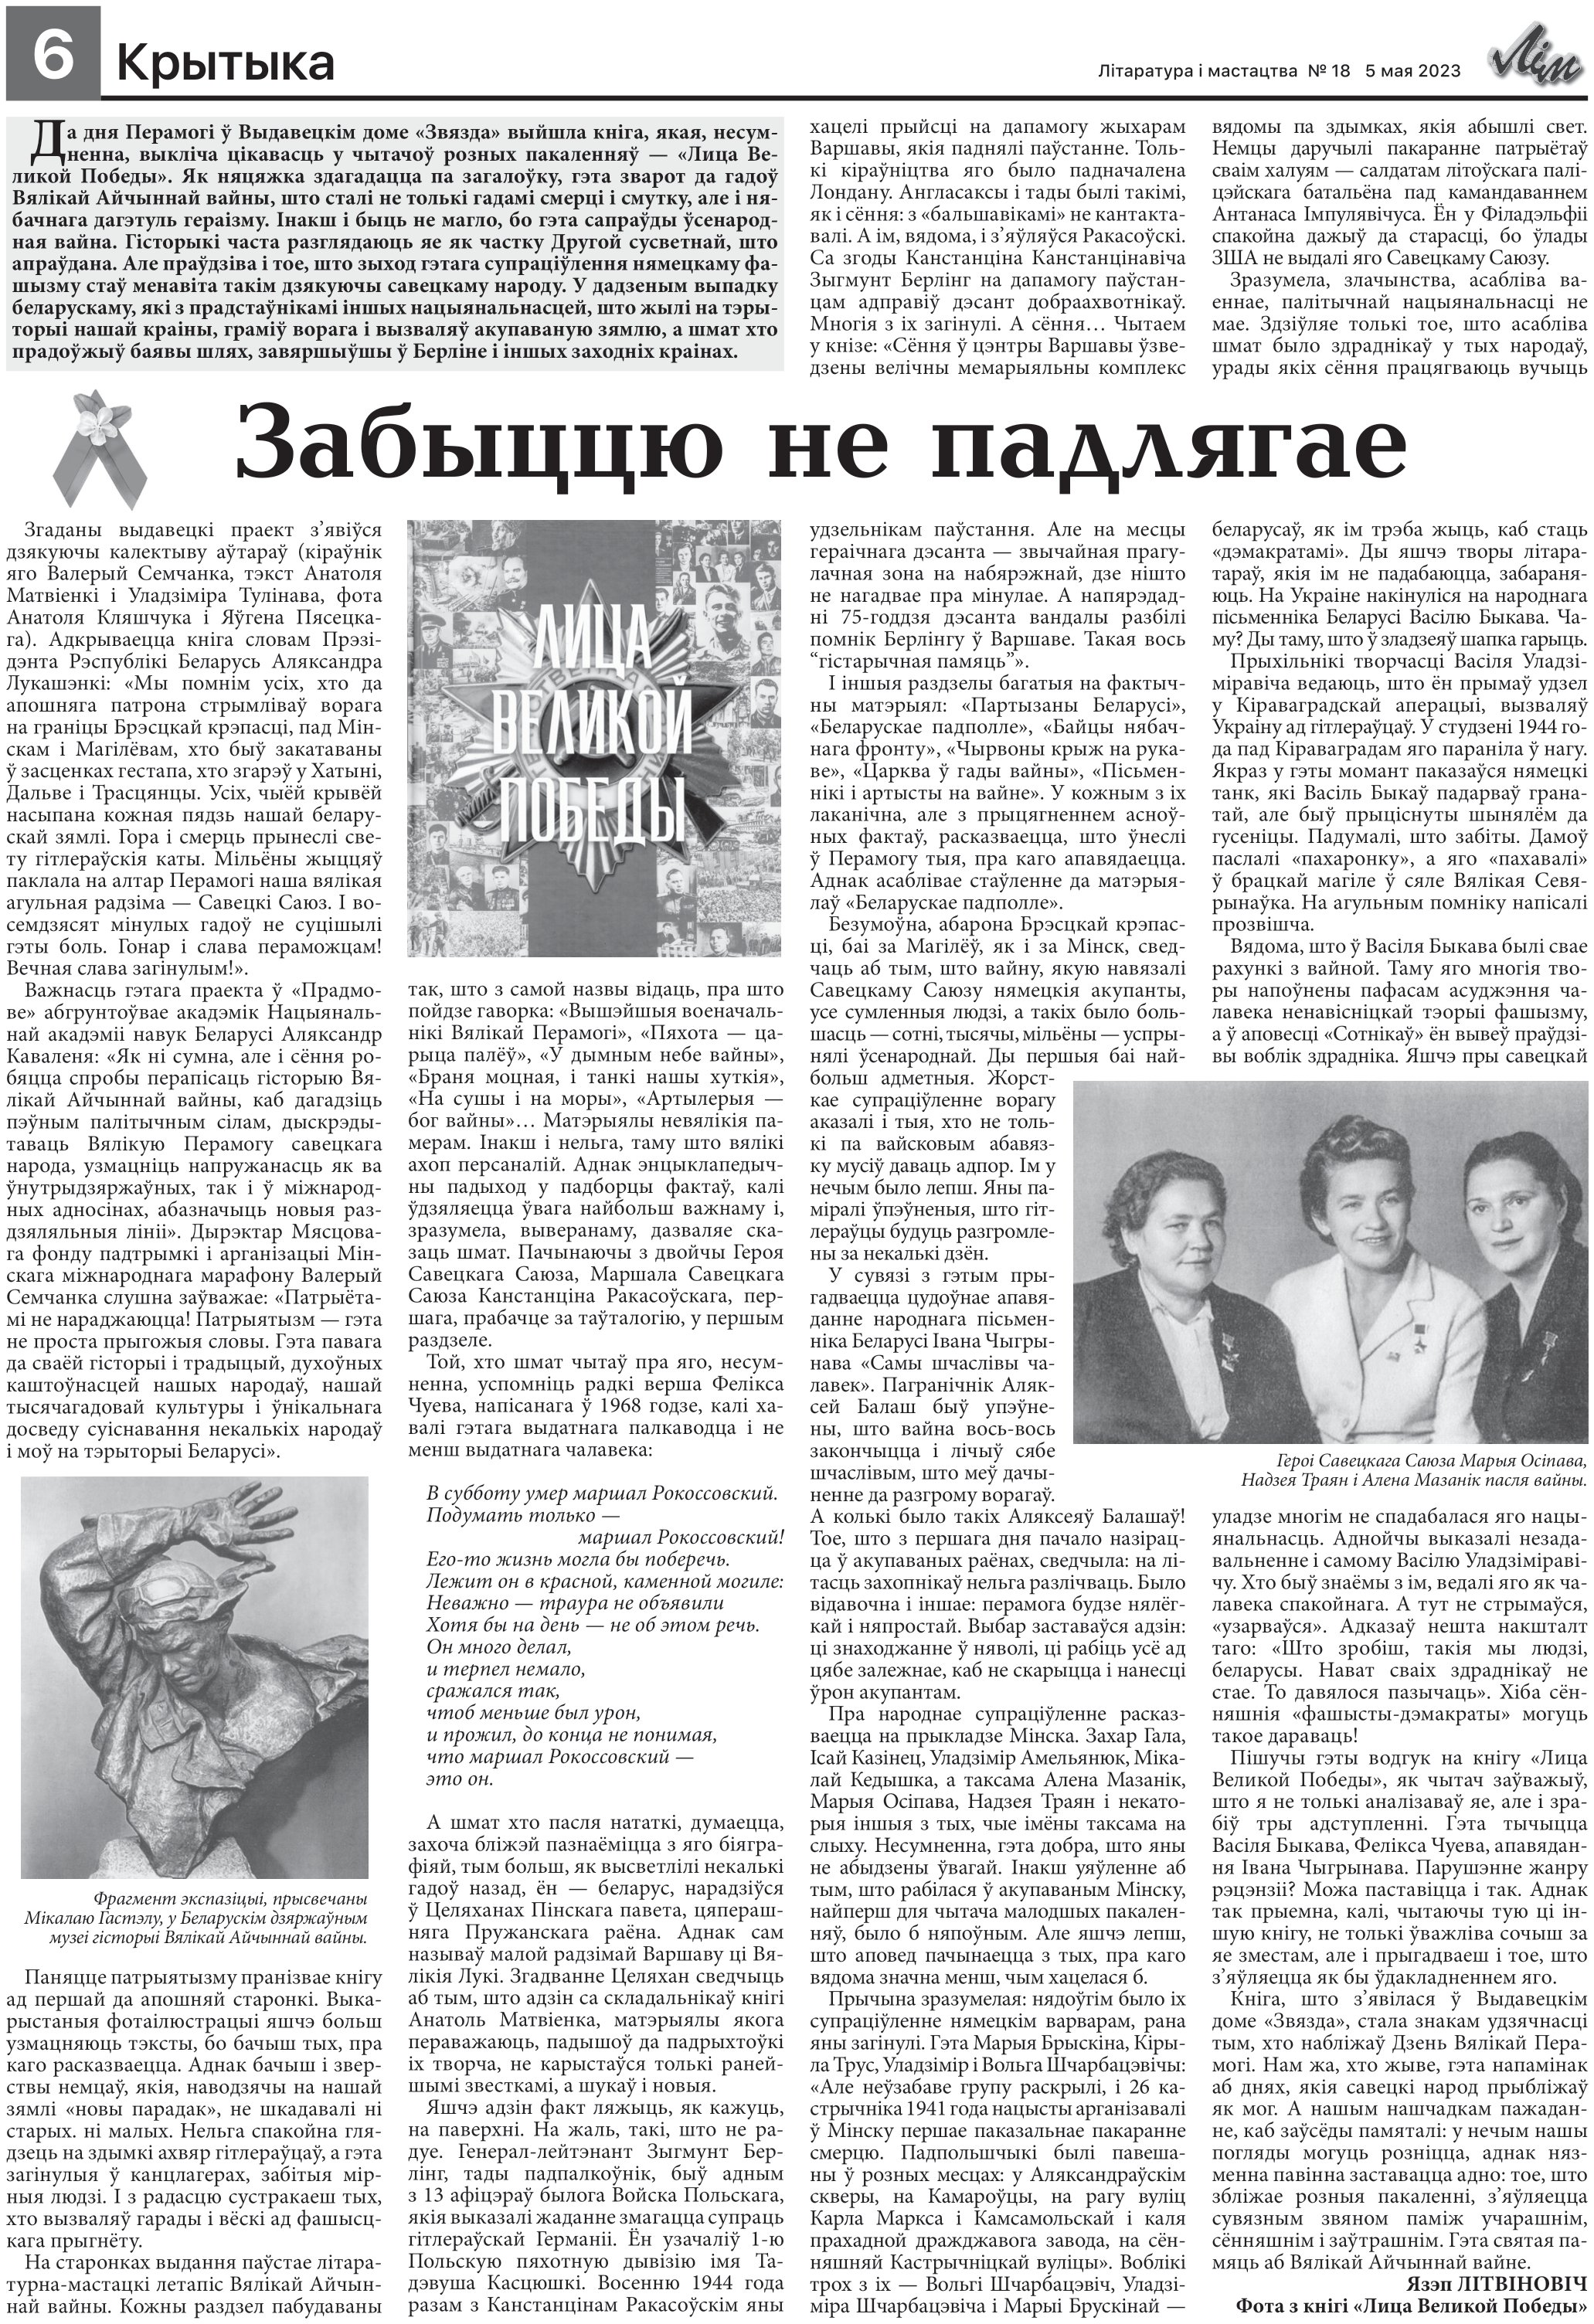
Language: be